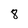
Character: 8